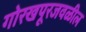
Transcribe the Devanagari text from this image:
गोरखपूरजवळील